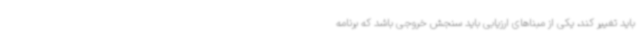
باید تغییر کند، یکی از مبناهای ارزیابی باید سنجش خروجی باشد که برنامه